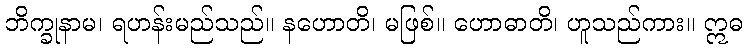
ဘိက္ခုနာမ၊ ရဟန်းမည်သည်။ နဟောတိ၊ မဖြစ်။ ဟောဓာတိ၊ ဟူသည်ကား။ ဣဓ